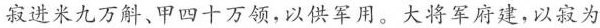
寂进米九万斛、甲四十万领，以供军用。大将军府建，以寂为